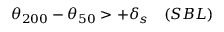
\theta _ { 2 0 0 } - \theta _ { 5 0 } > + \delta _ { s } \quad ( S B L )